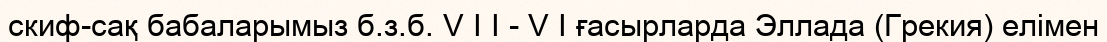
скиф-сақ бабаларымыз б.з.б. V I I - V I ғасырларда Эллада (Грекия) елімен